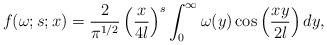
LaTeX: \begin{align*}f(\omega;s;x)=\frac{2}{\pi^{1/2}}\left(\frac{x}{4l}\right)^{s}\int_{0}^{\infty}\omega(y)\cos\left(\frac{xy}{2l}\right)dy,\end{align*}